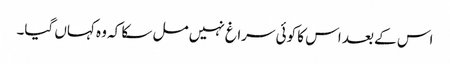
اس کے بعد اس کا کوئی سراغ نہیں مل سکا کہ وہ کہاں گیا۔